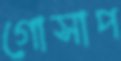
গোসাপ